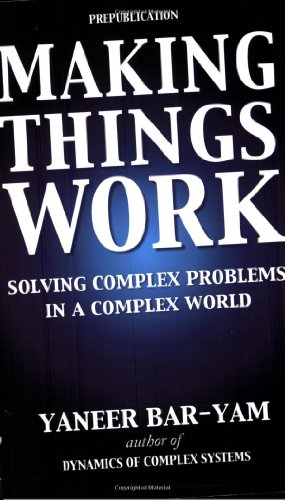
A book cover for Making Things Work: Solving Complex Problems in a Complex World; Yaneer Bar-Yam; Science & Math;